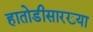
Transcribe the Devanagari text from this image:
हातोडीसारख्या